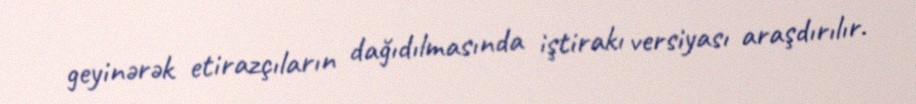
geyinərək etirazçıların dağıdılmasında iştirakı versiyası araşdırılır.